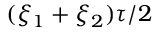
( \xi _ { 1 } + \xi _ { 2 } ) \tau / 2